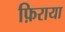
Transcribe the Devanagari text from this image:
फ़िराया